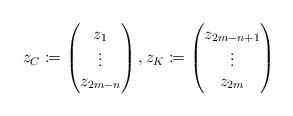
LaTeX: \begin{align*}z_C\coloneqq \begin{pmatrix}z_1\\\vdots \\z_{2m-n}\end{pmatrix},z_K\coloneqq \begin{pmatrix}z_{2m-n+1}\\\vdots \\z_{2m}\end{pmatrix}\end{align*}